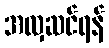
အလှဆင်ရန်